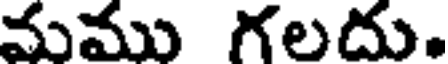
మము గలదు.